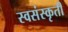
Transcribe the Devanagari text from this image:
स्वसंस्कृती